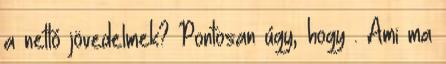
a nettó jövedelmek? Pontosan úgy, hogy . Ami ma